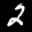
Label: 2